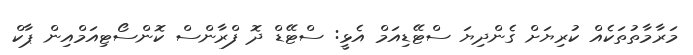
މަރާމާތުތަކެއް ކުރިޔަށް ގެންދިޔަ ސްޓޭޑިއަމް އެޅީ: ސްޓޭޑް ދޮ ފްރާންސް ކޮންސޯޓިއަމްއިން ޕާކް